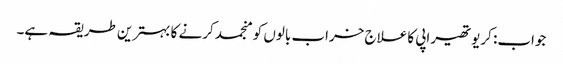
جواب: کریوتھیراپی کا علاج خراب بالوں کو منجمد کرنے کا بہترین طریقہ ہے۔